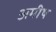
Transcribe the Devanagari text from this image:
अमीष